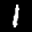
Label: 1